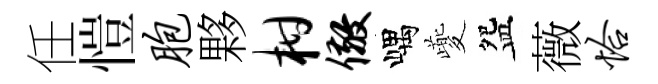
任愷胞夥柑儆嵎夔盌薇恰